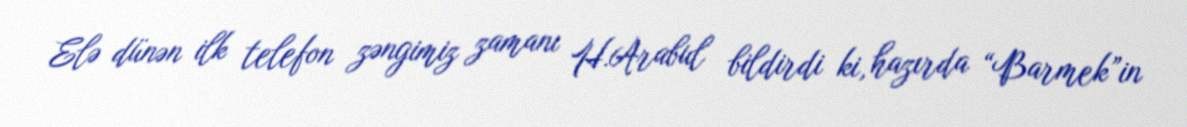
Elə dünən ilk telefon zəngimiz zamanı H.Arabul bildirdi ki, hazırda “Barmek”in